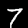
Label: 7